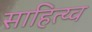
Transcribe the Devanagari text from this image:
साहित्य्व